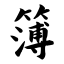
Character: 簿